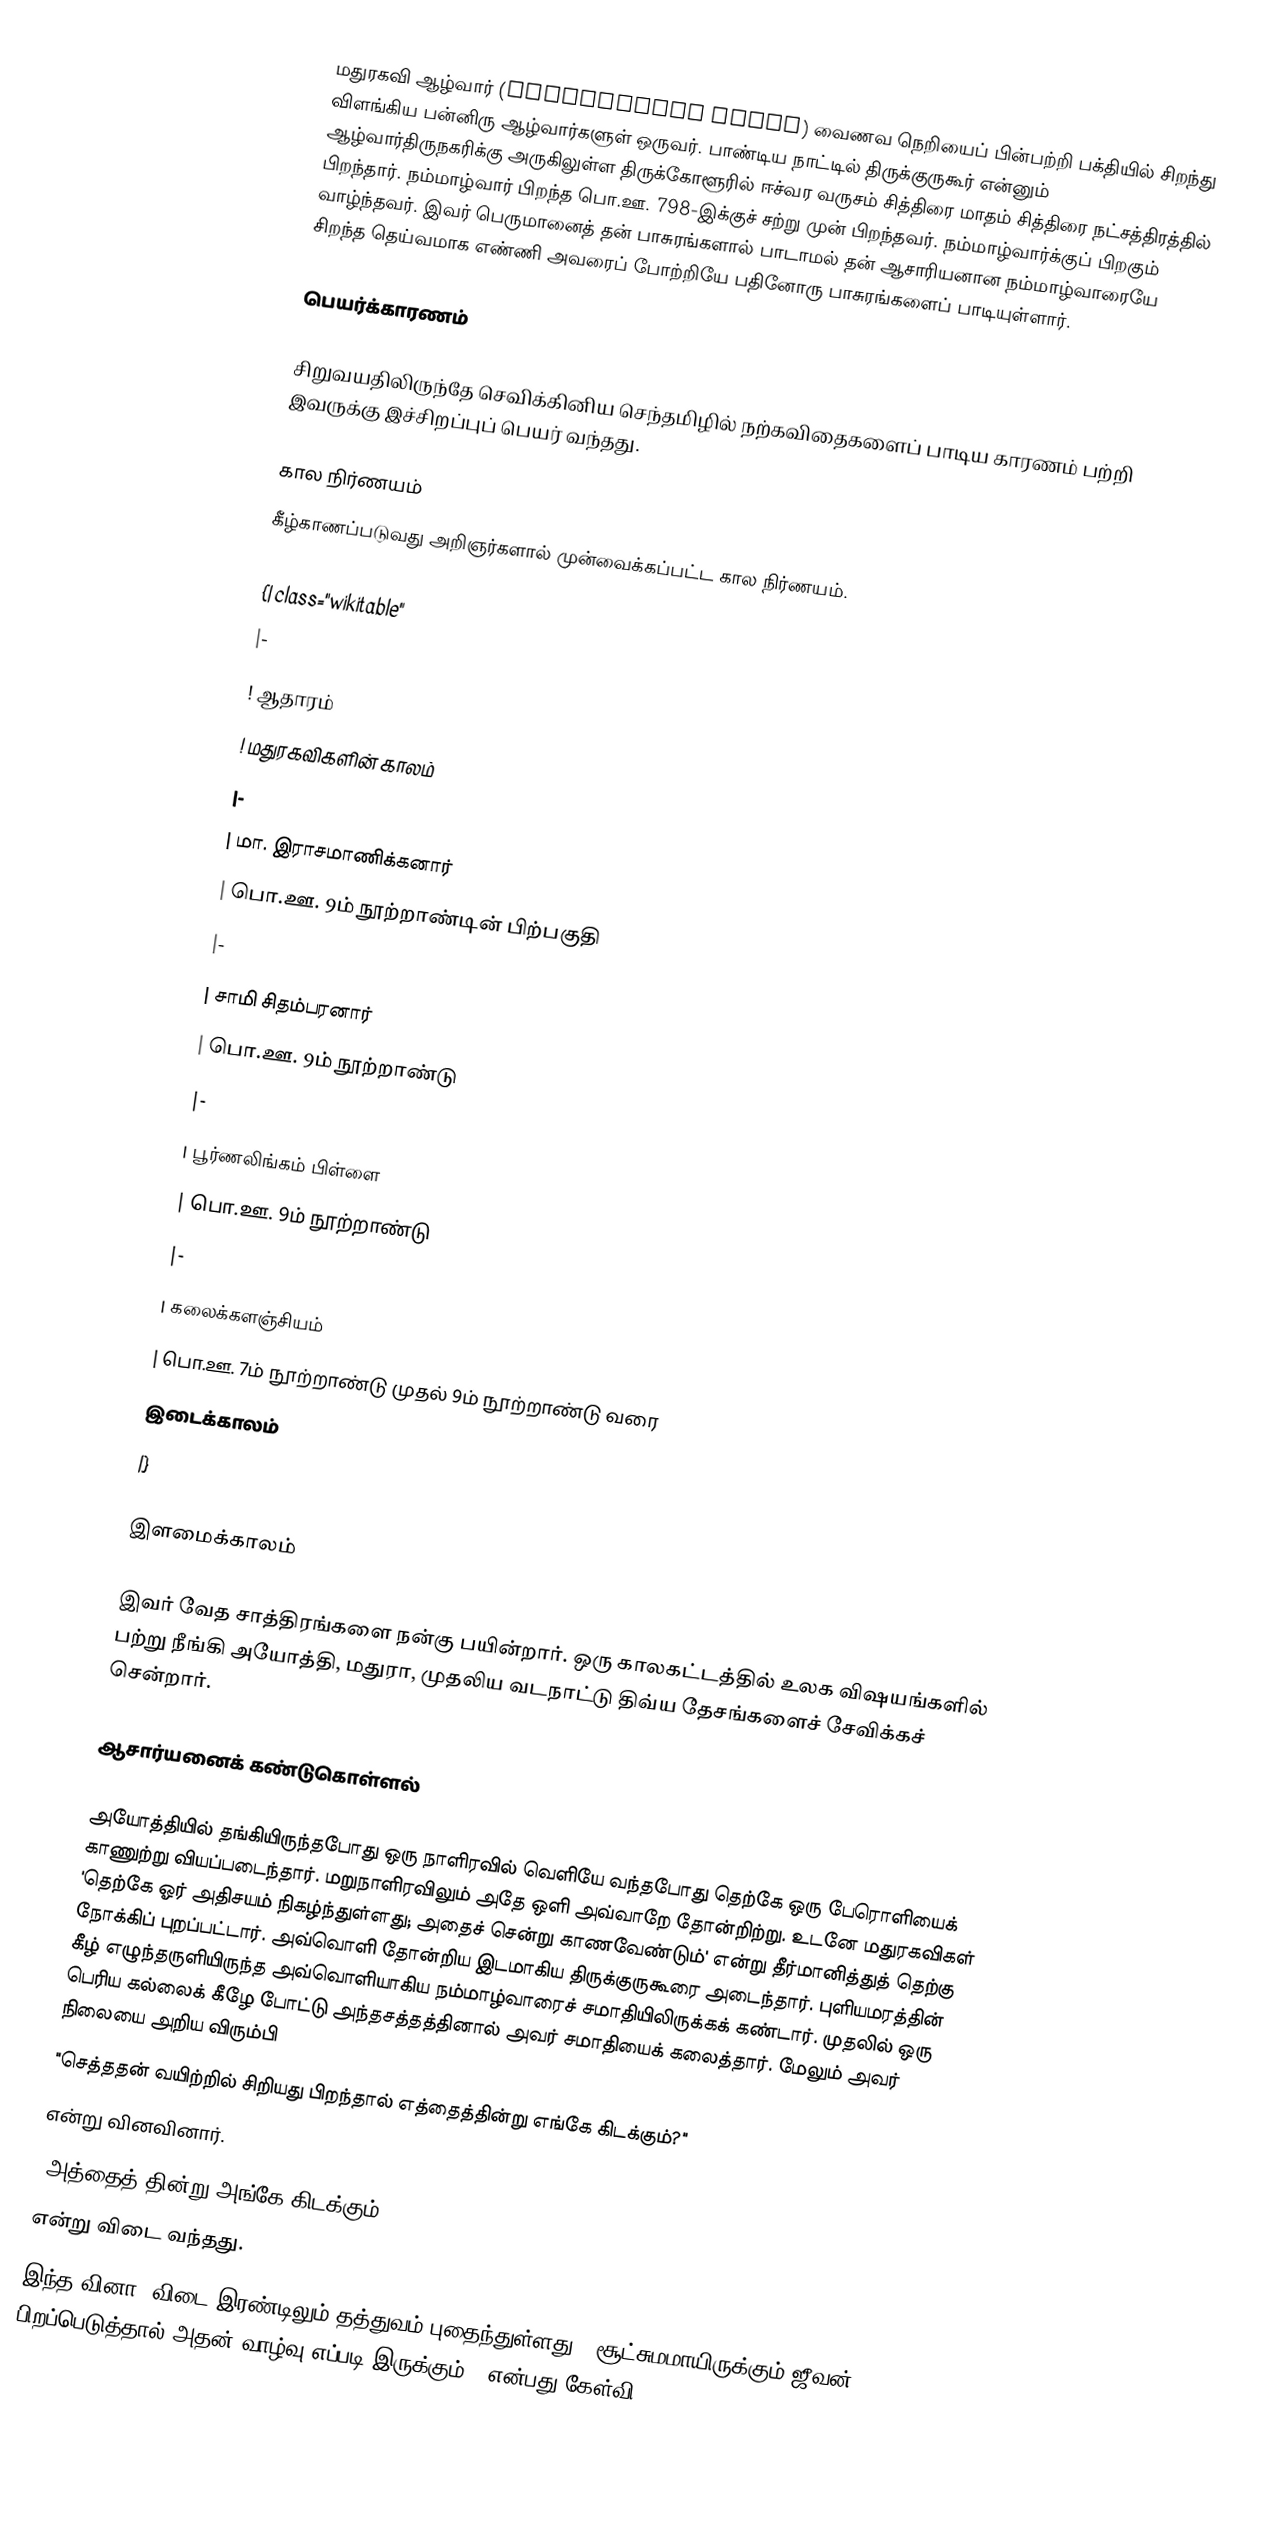
மதுரகவி ஆழ்வார் (Madhurakavi Alvar) வைணவ நெறியைப் பின்பற்றி பக்தியில் சிறந்து விளங்கிய பன்னிரு ஆழ்வார்களுள் ஒருவர். பாண்டிய நாட்டில் திருக்குருகூர் என்னும் ஆழ்வார்திருநகரிக்கு அருகிலுள்ள திருக்கோளூரில் ஈச்வர வருசம் சித்திரை மாதம் சித்திரை நட்சத்திரத்தில் பிறந்தார். நம்மாழ்வார் பிறந்த பொ.ஊ. 798-இக்குச் சற்று முன் பிறந்தவர். நம்மாழ்வார்க்குப் பிறகும் வாழ்ந்தவர். இவர் பெருமானைத் தன் பாசுரங்களால் பாடாமல் தன் ஆசாரியனான நம்மாழ்வாரையே சிறந்த தெய்வமாக எண்ணி அவரைப் போற்றியே பதினோரு பாசுரங்களைப் பாடியுள்ளார்.

பெயர்க்காரணம்

சிறுவயதிலிருந்தே செவிக்கினிய செந்தமிழில் நற்கவிதைகளைப் பாடிய காரணம் பற்றி இவருக்கு இச்சிறப்புப் பெயர் வந்தது.

கால நிர்ணயம்
கீழ்காணப்படுவது அறிஞர்களால் முன்வைக்கப்பட்ட கால நிர்ணயம்.

{| class="wikitable"
|-
! ஆதாரம்
! மதுரகவிகளின் காலம்
|-
| மா. இராசமாணிக்கனார்
| பொ.ஊ. 9ம் நூற்றாண்டின் பிற்பகுதி
|-
| சாமி சிதம்பரனார்
| பொ.ஊ. 9ம் நூற்றாண்டு
|-
| பூர்ணலிங்கம் பிள்ளை
| பொ.ஊ. 9ம் நூற்றாண்டு
|-
| கலைக்களஞ்சியம்
| பொ.ஊ. 7ம் நூற்றாண்டு முதல் 9ம் நூற்றாண்டு வரை
இடைக்காலம்
|}

இளமைக்காலம்

இவர் வேத சாத்திரங்களை நன்கு பயின்றார்.  ஒரு காலகட்டத்தில் உலக விஷயங்களில் பற்று நீங்கி அயோத்தி, மதுரா, முதலிய  வடநாட்டு திவ்ய தேசங்களைச் சேவிக்கச் சென்றார்.

ஆசார்யனைக் கண்டுகொள்ளல்

அயோத்தியில் தங்கியிருந்தபோது ஒரு நாளிரவில் வெளியே வந்தபோது தெற்கே ஒரு பேரொளியைக் காணுற்று வியப்படைந்தார். மறுநாளிரவிலும் அதே ஒளி அவ்வாறே தோன்றிற்று. உடனே மதுரகவிகள் 'தெற்கே ஓர் அதிசயம் நிகழ்ந்துள்ளது; அதைச் சென்று காணவேண்டும்' என்று தீர்மானித்துத் தெற்கு நோக்கிப் புறப்பட்டார். அவ்வொளி தோன்றிய இடமாகிய திருக்குருகூரை அடைந்தார். புளியமரத்தின் கீழ் எழுந்தருளியிருந்த அவ்வொளியாகிய நம்மாழ்வாரைச் சமாதியிலிருக்கக் கண்டார். முதலில் ஒரு பெரிய கல்லைக் கீழே போட்டு அந்தசத்தத்தினால் அவர் சமாதியைக் கலைத்தார். மேலும் அவர் நிலையை அறிய விரும்பி
"செத்ததன் வயிற்றில் சிறியது பிறந்தால் எத்தைத்தின்று எங்கே கிடக்கும்?"
என்று வினவினார்.
"அத்தைத் தின்று அங்கே கிடக்கும்"
என்று விடை வந்தது.
இந்த வினா, விடை இரண்டிலும் தத்துவம் புதைந்துள்ளது. 'சூட்சுமமாயிருக்கும் ஜீவன் பிறப்பெடுத்தால் அதன் வாழ்வு எப்படி இருக்கும்?' என்பது கேள்வி